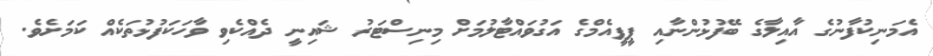
އެމަނިކުފާނުގެ އާއިލާގެ ބޭފުޅުންނާއި ޕީޕީއެމްގެ އަގުވައްޓާލުމަށް މިނިސްޓަރު ޝައިނީ ދެއްކެވި ވާހަކަފުޅުތަކެއް ކަމަށެވެ.